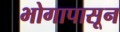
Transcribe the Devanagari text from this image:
भोगापासून